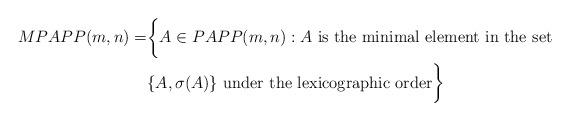
LaTeX: \begin{align*}MPAPP(m,n) = &\biggl\{ A \in PAPP(m,n) : A \mbox{ is the minimal element in the set } \\ &\{ A, \sigma(A) \} \mbox{ under the lexicographic order}\biggr\}\end{align*}